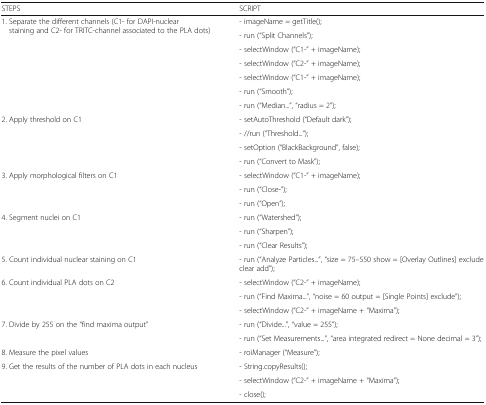
<table><thead><tr><td><b>STEPS</b></td><td><b>SCRIPT</b></td></tr></thead><tbody><tr><td rowspan="7">1. Separate the different channels (C1- for DAPI-nuclear staining and C2- for TRITC-channel associated to the PLA dots)</td><td>- imageName = getTitle();</td></tr><tr><td>- run (“Split Channels”);</td></tr><tr><td>- selectWindow (“C1-” + imageName);</td></tr><tr><td>- selectWindow (“C2-” + imageName);</td></tr><tr><td>- selectWindow (“C1-” + imageName);</td></tr><tr><td>- run (“Smooth”);</td></tr><tr><td>- run (“Median...”, “radius = 2”);</td></tr><tr><td rowspan="4">2. Apply threshold on C1</td><td>- setAutoThreshold (“Default dark”);</td></tr><tr><td>- //run (“Threshold...”);</td></tr><tr><td>- setOption (“BlackBackground”, false);</td></tr><tr><td>- run (“Convert to Mask”);</td></tr><tr><td rowspan="3">3. Apply morphological filters on C1</td><td>- selectWindow (“C1-” + imageName);</td></tr><tr><td>- run (“Close-”);</td></tr><tr><td>- run (“Open”);</td></tr><tr><td rowspan="3">4. Segment nuclei on C1</td><td>- run (“Watershed”);</td></tr><tr><td>- run (“Sharpen”);</td></tr><tr><td>- run (“Clear Results”);</td></tr><tr><td>5. Count individual nuclear staining on C1</td><td>- run (“Analyze Particles...”, “size = 75–550 show = [Overlay Outlines] exclude clear add”);</td></tr><tr><td rowspan="3">6. Count individual PLA dots on C2</td><td>- selectWindow (“C2-” + imageName);</td></tr><tr><td>- run (“Find Maxima...”, “noise = 60 output = [Single Points] exclude”);</td></tr><tr><td>- selectWindow (“C2-” + imageName + “Maxima”);</td></tr><tr><td rowspan="2">7. Divide by 255 on the “find maxima output”</td><td>- run (“Divide...”, “value = 255”);</td></tr><tr><td>- run (“Set Measurements...”, “area integrated redirect = None decimal = 3”);</td></tr><tr><td>8. Measure the pixel values</td><td>- roiManager (“Measure”);</td></tr><tr><td rowspan="3">9. Get the results of the number of PLA dots in each nucleus</td><td>- String.copyResults();</td></tr><tr><td>- selectWindow (“C2-” + imageName + “Maxima”);</td></tr><tr><td>- close();</td></tr></tbody></table>